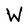
Character: W